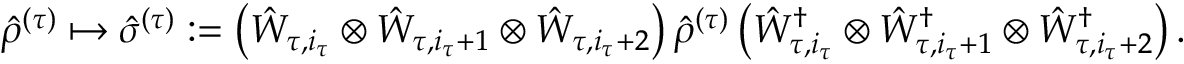
{ \hat { \rho } } ^ { ( \tau ) } \mapsto \hat { \sigma } ^ { ( \tau ) } : = \left( \hat { W } _ { \tau , i _ { \tau } } \otimes \hat { W } _ { \tau , i _ { \tau } + 1 } \otimes \hat { W } _ { \tau , i _ { \tau } + 2 } \right) { \hat { \rho } } ^ { ( \tau ) } \left( \hat { W } _ { \tau , i _ { \tau } } ^ { \dag } \otimes \hat { W } _ { \tau , i _ { \tau } + 1 } ^ { \dag } \otimes \hat { W } _ { \tau , i _ { \tau } + 2 } ^ { \dag } \right) .